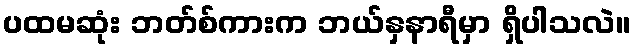
ပထမဆုံး ဘတ်စ်ကားက ဘယ်နှနာရီမှာ ရှိပါသလဲ။